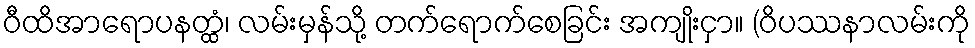
ဝီထိအာရောပနတ္ထံ၊ လမ်းမှန်သို့ တက်ရောက်စေခြင်း အကျိုးငှာ။ (ဝိပဿနာလမ်းကို